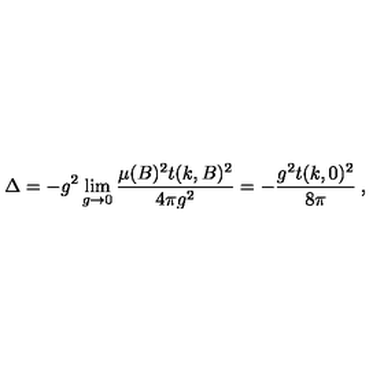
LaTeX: \Delta = - g ^ { 2 } \lim _ { g \to 0 } \frac { \mu ( B ) ^ { 2 } t ( k , B ) ^ { 2 } } { 4 \pi g ^ { 2 } } = - \frac { g ^ { 2 } t ( k , 0 ) ^ { 2 } } { 8 \pi } \: ,